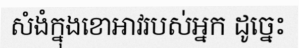
សំងំក្នុងខោអាវរបស់អ្នក ដូច្នេះ